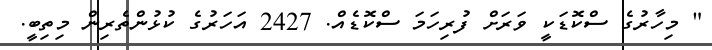
" މިހާރުގެ ސްކޮޑަކީ ވަރަށް ފުރިހަމަ ސްކޮޑެއް. 2427 އަހަރުގެ ކުޅުންތެރިން މިތިބީ.